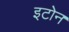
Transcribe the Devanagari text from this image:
इटोन